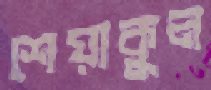
শেয়াকুল